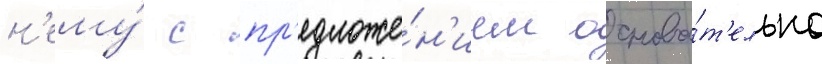
н'ему́ с пр'едложе́н'ием основа́т'ельно